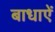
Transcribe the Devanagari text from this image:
बाधाऐं